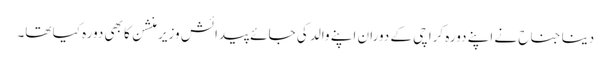
دینا جناح نے اپنے دورہ کراچی کے دوران اپنے والد کی جائے پیدائش وزیر منشن کا بھی دورہ کیا تھا۔